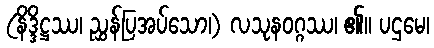
(နိဒ္ဒိဋ္ဌဿ၊ ညွှန်ပြအပ်သော၊) လသုနဝဂ္ဂဿ၊ ၏။ ပဌမေ၊